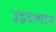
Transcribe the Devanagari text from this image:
उद्भवल्यास